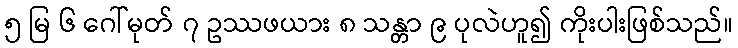
၅ မြ ၆ ဂေါ်မုတ် ၇ ဥဿဖယား ၈ သန္တာ ၉ ပုလဲဟူ၍ ကိုးပါးဖြစ်သည်။